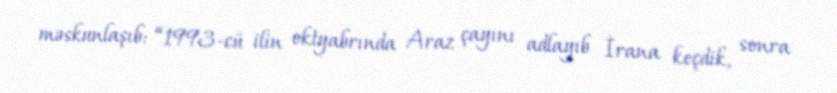
məskunlaşıb: “1993-cü ilin oktyabrında Araz çayını adlayıb İrana keçdik, sonra